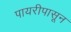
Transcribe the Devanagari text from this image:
पायरीपासून